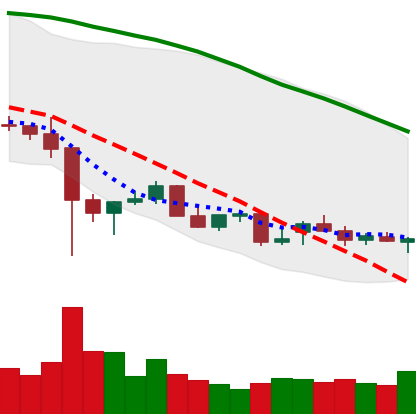
Ticker: NEO-USD
Chart end date: 2021-12-20
Forward return: 14.923%
Label: up_7plus